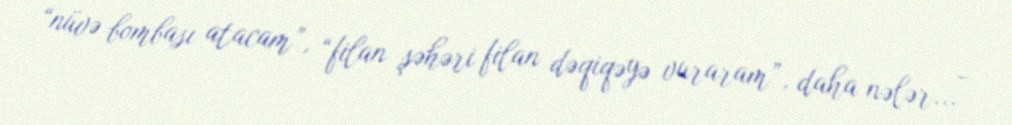
“nüvə bombası atacam”, “filan şəhəri filan dəqiqəyə vuraram”, daha nələr... -